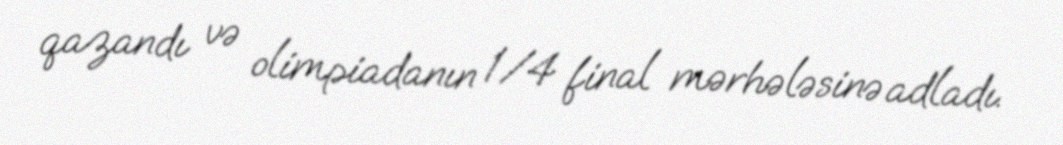
qazandı və olimpiadanın 1/4 final mərhələsinə adladı.